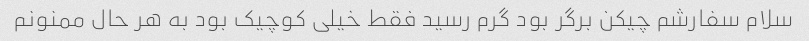
سلام سفارشم چیکن برگر بود گرم رسید فقط خیلی کوچیک بود به هر حال ممنونم